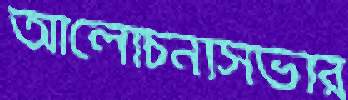
আলোচনাসভার